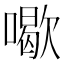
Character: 𠿒